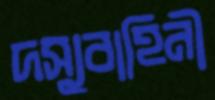
দস্যুবাহিনী